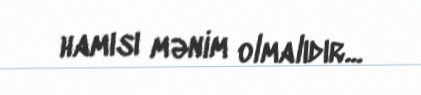
hamısı mənim olmalıdır...